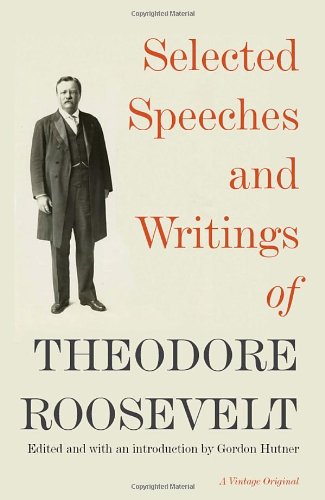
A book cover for Selected Speeches and Writings of Theodore Roosevelt (Vintage Originals); Theodore Roosevelt; Literature & Fiction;